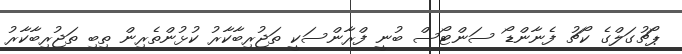
ޕޯޗުގަލްގެ ކޯޗު ފެނާންޑޯ ސަންޓޯސް ބުނީ ފްރާންސަކީ ތަޖުރިބާކާރު ކުޅުންތެރިން ތިބި ތަޖުރިބާކާރު